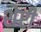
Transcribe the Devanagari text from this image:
शेप्टी